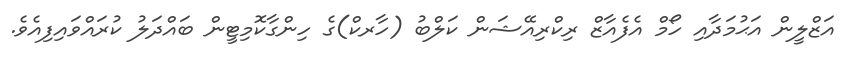
އަޒްލީން އަޙުމަދާއި ހޯމް އެފެއާޒް ރިކްރިއޭޝަން ކަލްބު (ހާރކް)ގެ ހިންގާކޮމިޓީން ބައްދަލު ކުރައްވައިފިއެވެ.